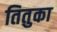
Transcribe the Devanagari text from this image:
तितुका